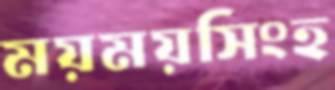
ময়ময়সিংহ